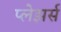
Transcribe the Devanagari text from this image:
प्लेझर्स